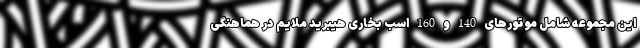
این مجموعه شامل موتورهای 140 و 160 اسب بخاری هیبرید ملایم در هماهنگی